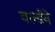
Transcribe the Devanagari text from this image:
वर्ल्डने